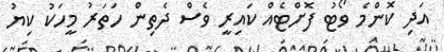
އަދި ކޮންމެ ވޯޓު ފޮށްޓެއް ކައިރީ ވެސް ދެތިން ހަތަރު މީހަކު ކިޔު